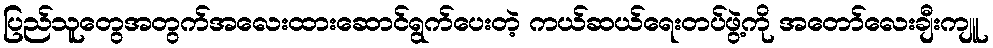
ပြည်သူတွေအတွက်အလေးထားဆောင်ရွက်ပေးတဲ့ ကယ်ဆယ်ရေးတပ်ဖွဲ့ကို အတော်လေးချီးကျူ